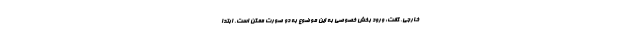
خارجی، گفت: ورود بخش خصوصی به این موضوع به دو صورت ممکن است. ابتدا